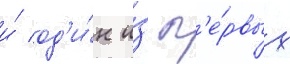
и́ од'и́н и́з п'е́рвых